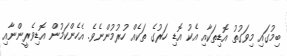
ބިމުގައި މިވަގުތު އޮޑިތަކާއި އެކު އޮޑި ހަރުގެ ތަކެއް ހުރުމުންނެވެ. އެހެންކަމުން އޮޑިވެރީންނާއި